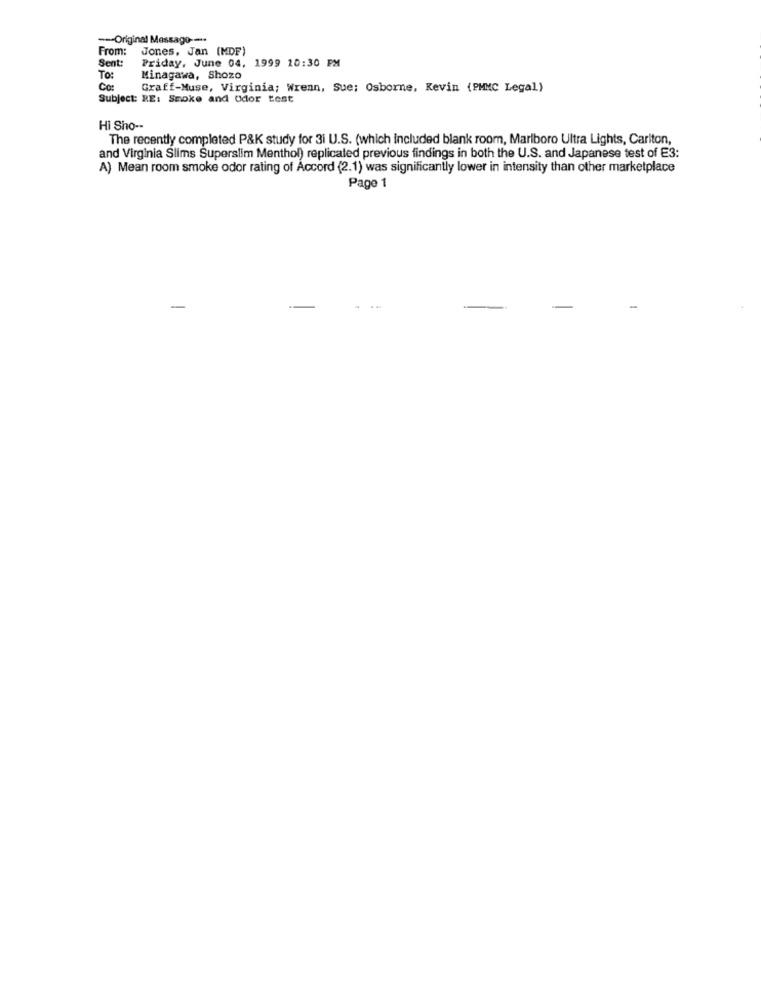
--- Original Message ----
From:
Jones, Jan (MDF)
Sent:
Priday, June 04, 1999 20:30 PM
To:
Minagawa, Shozo
Co:
Graff-Muse, Virginia; Wrenn, Sue: Osborne, Kevin (PMMC Legal)
Subject: RE: Smoke and Odor test
Hi Sho --
The recently completed P&K study for 3i U.S. (which included blank room, Marlboro Ultra Lights, Carlton,
and Virginia Slims Superslim Menthol) replicated previous findings in both the U.S. and Japanese test of E3:
A) Mean room smoke odor rating of Accord (2.1) was significantly lower in intensity than other marketplace
Page 1